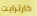
كارترايت